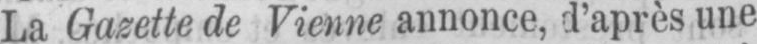
La Gazette de Vienne annonce, d’après une